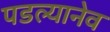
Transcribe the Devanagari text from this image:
पडल्यानेव